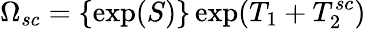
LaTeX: \Omega_{sc}=\{ \exp(S)\} \exp(T_{1}+T_{2}^{sc})